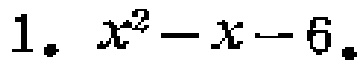
$1.\ x^{2}-x - 6.$